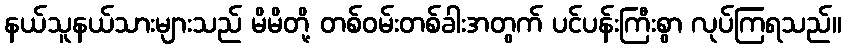
နယ်သူနယ်သားများသည် မိမိတို့ တစ်ဝမ်းတစ်ခါးအတွက် ပင်ပန်းကြီးစွာ လုပ်ကြရသည်။